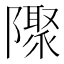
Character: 𨽁